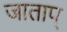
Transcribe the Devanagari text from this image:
जाताप्